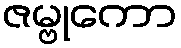
ဇမ္ဗုကော